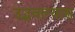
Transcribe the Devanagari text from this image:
उद्भवल्यास